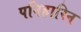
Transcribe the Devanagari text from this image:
पनिहारिन